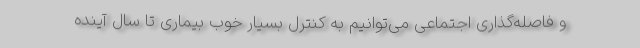
و فاصله‌گذاری اجتماعی می‌توانیم به کنترل بسیار خوب بیماری تا سال آینده